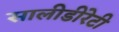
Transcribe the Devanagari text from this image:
सालीडीरेटी